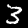
Label: 3